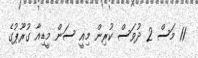
11 މަސް 2 ދުވަސް ކުރިން މިއީ ސަން މީޑިއާ ގުރޫޕުގެ